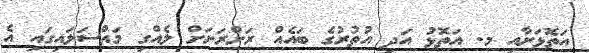
އަތޮޅަށާއި މ. އަތޮޅު އަދި އުތުރުގެ ބައެއް ރަށްރަށަށް ލެއްގި މައްސަލައިގައި އެ